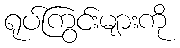
ရုပ်ကြွင်းများကို